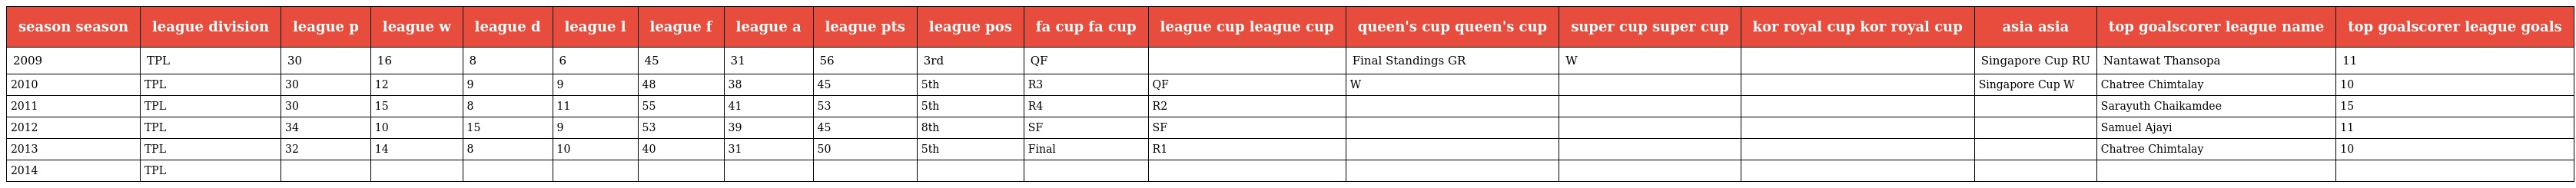
| season season | league division | league p | league w | league d | league l | league f | league a | league pts | league pos | fa cup fa cup | league cup league cup | queen's cup queen's cup | super cup super cup | kor royal cup kor royal cup | asia asia | top goalscorer league name | top goalscorer league goals |
 | --- | --- | --- | --- | --- | --- | --- | --- | --- | --- | --- | --- | --- | --- | --- | --- | --- | --- |
 | 2009 | TPL | 30 | 16 | 8 | 6 | 45 | 31 | 56 | 3rd | QF |  | Final Standings GR | W |  | Singapore Cup RU | Nantawat Thansopa | 11 |
 | 2010 | TPL | 30 | 12 | 9 | 9 | 48 | 38 | 45 | 5th | R3 | QF | W |  |  | Singapore Cup W | Chatree Chimtalay | 10 |
 | 2011 | TPL | 30 | 15 | 8 | 11 | 55 | 41 | 53 | 5th | R4 | R2 |  |  |  |  | Sarayuth Chaikamdee | 15 |
 | 2012 | TPL | 34 | 10 | 15 | 9 | 53 | 39 | 45 | 8th | SF | SF |  |  |  |  | Samuel Ajayi | 11 |
 | 2013 | TPL | 32 | 14 | 8 | 10 | 40 | 31 | 50 | 5th | Final | R1 |  |  |  |  | Chatree Chimtalay | 10 |
 | 2014 | TPL |  |  |  |  |  |  |  |  |  |  |  |  |  |  |  |  |